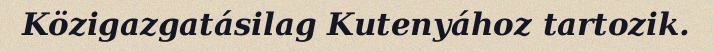
Közigazgatásilag Kutenyához tartozik.